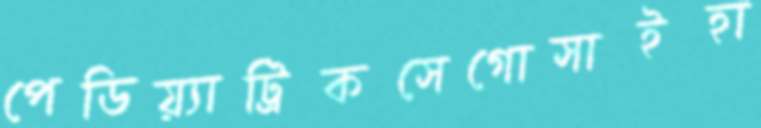
পেডিয়্যাট্রিকসেগোসাইহা